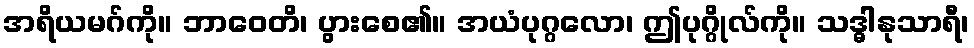
အရိယမဂ်ကို။ ဘာဝေတိ၊ ပွားစေ၏။ အယံပုဂ္ဂလော၊ ဤပုဂ္ဂိုလ်ကို။ သဒ္ဓါနုသာရီ၊